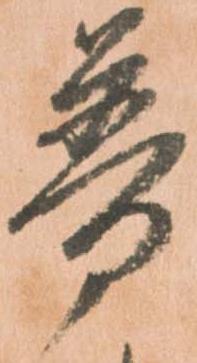
普